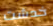
خدشت